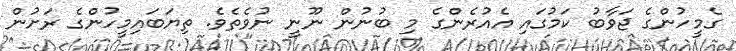
ގެމީހުންގެ ޖަވާބު ކަމުގައި އެއުރެންގެ މި ބުނުން ނޫނީ ނުވެތެވެ. ތިޔަބައިމީހުންގެ ރަށުން